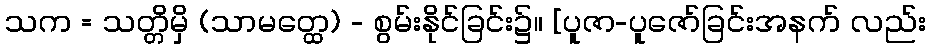
သက = သတ္တိမှိ (သာမတ္ထေ) - စွမ်းနိုင်ခြင်း၌။ [ပူဇာ-ပူဇော်ခြင်းအနက် လည်း